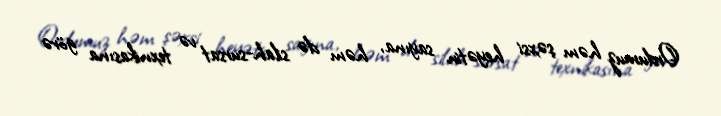
Ordumuz həm şəxsi heyətin sayına, həm də silah-sursat və texnikasına görə